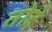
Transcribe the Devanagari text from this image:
तोदे